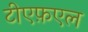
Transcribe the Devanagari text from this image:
टीएफ़एल